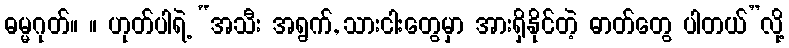
ဓမ္မဂုတ်။ ။ ဟုတ်ပါရဲ့ “အသီး အရွက်, သားငါးတွေမှာ အားရှိနိုင်တဲ့ ဓာတ်တွေ ပါတယ်”လို့